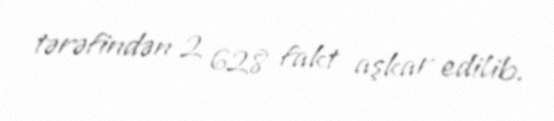
tərəfindən 2 628 fakt aşkar edilib.